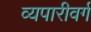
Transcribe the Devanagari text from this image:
व्यपारीवर्ग